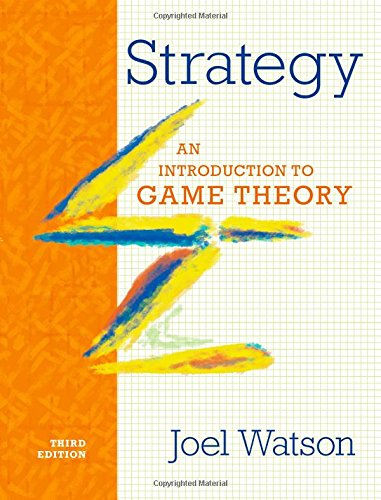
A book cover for Strategy: An Introduction to Game Theory (Third Edition); Joel Watson; Science & Math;